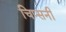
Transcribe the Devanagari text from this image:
चिप्सनी